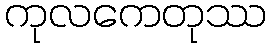
ကုလကေတုဿ